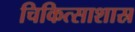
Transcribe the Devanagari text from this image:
चिकित्साशास्र